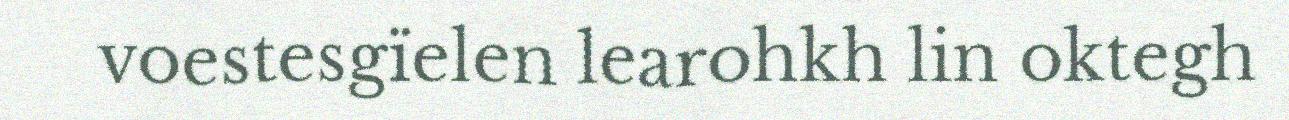
voestesgïelen learohkh lin oktegh